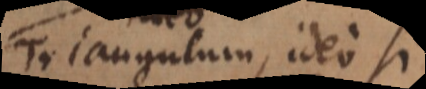
Triangulum, ideo si